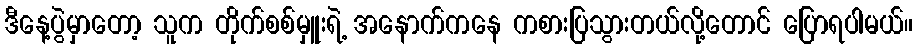
ဒီနေ့ပွဲမှာတော့ သူက တိုက်စစ်မှူးရဲ့ အနောက်ကနေ ကစားပြသွားတယ်လို့တောင် ပြောရပါမယ်။